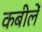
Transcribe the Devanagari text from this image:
कबीलें